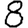
Digit: 8